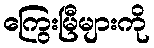
ကြွေးမြီများကို